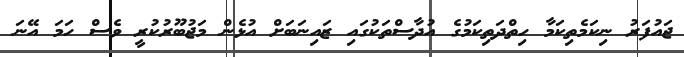
ޖައުފަރު ނިކަމެތިކަމާ ހިތްދަތިކަމުގެ އުދާސްތަކުގައި ޒައިނަބަށް އުޅެން މަޖުބޫރުކުރީ ވެސް ހަމަ އޭނަ